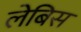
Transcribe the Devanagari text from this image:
लेबिस